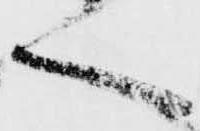
く